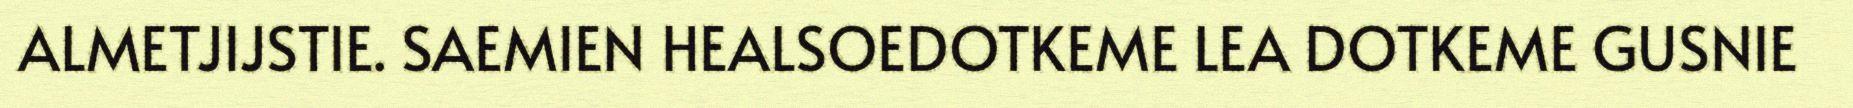
ALMETJIJSTIE. SAEMIEN HEALSOEDOTKEME LEA DOTKEME GUSNIE